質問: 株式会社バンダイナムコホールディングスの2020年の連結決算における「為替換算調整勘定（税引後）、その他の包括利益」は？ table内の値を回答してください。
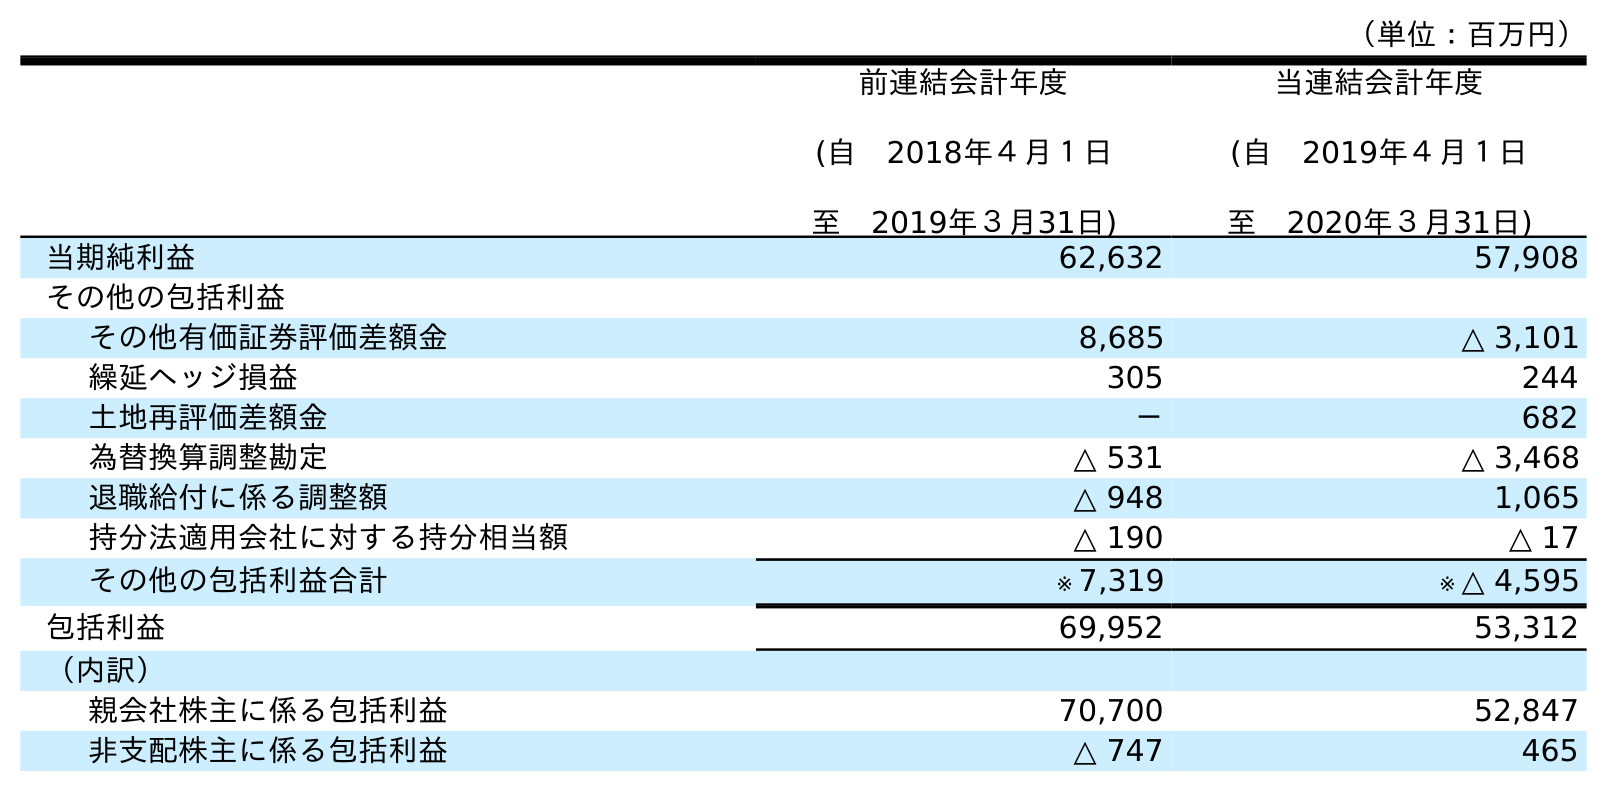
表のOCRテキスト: （単位：百万円） 前連結会計年度 (自 2018年４月１日 至 2019年３月31日) 当連結会計年度 (自 2019年４月１日 至 2020年３月31日) 当期純利益 62,632 57,908 その他の包括利益 その他有価証券評価差額金 8,685 △ 3,101 繰延ヘッジ損益 305 244 土地再評価差額金 － 682 為替換算調整勘定 △ 531 △ 3,468 退職給付に係る調整額 △ 948 1,065 持分法適用会社に対する持分相当額 △ 190 △ 17 その他の包括利益合計 ※ 7,319 ※ △ 4,595 包括利益 69,952 53,312 （内訳） 親会社株主に係る包括利益 70,700 52,847 非支配株主に係る包括利益 △ 747 465
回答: △3,468